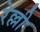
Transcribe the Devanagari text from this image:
रेल्ली